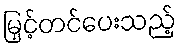
မြှင့်တင်ပေးသည့်